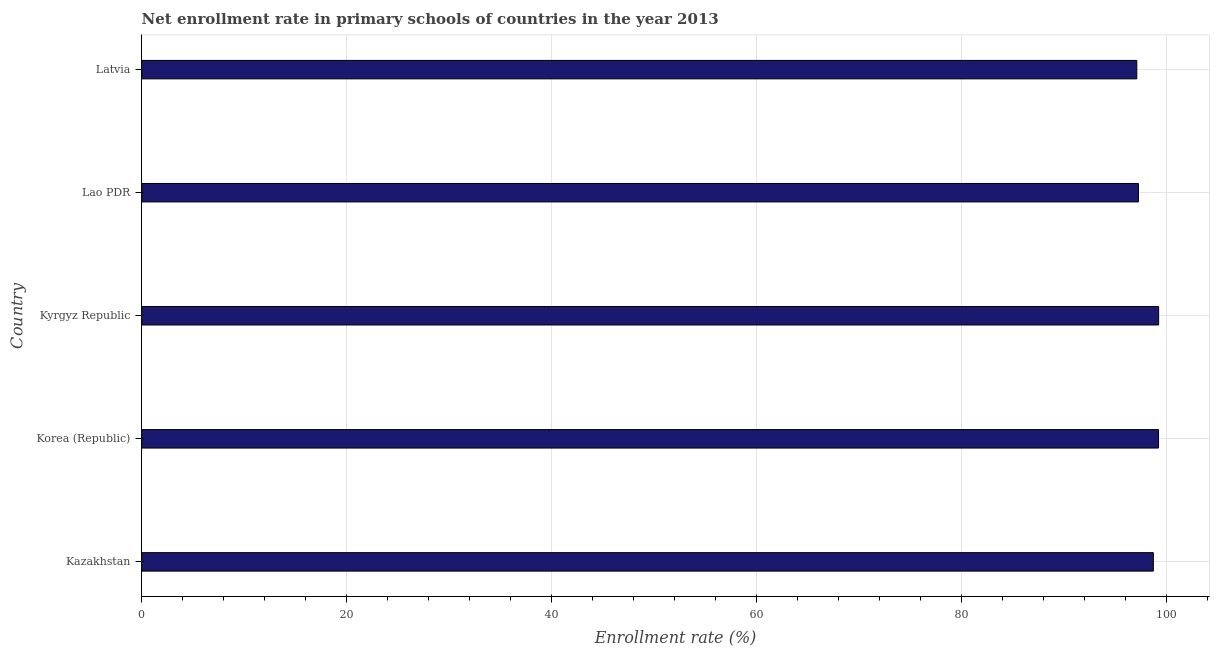
| Country | Adjusted net enrolment rate |
 | --- | --- |
 | Kazakhstan | 98.7 |
 | Korea (Republic) | 99.2 |
 | Kyrgyz Republic | 99.3 |
 | Lao PDR | 97.3 |
 | Latvia | 97.1 |